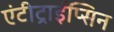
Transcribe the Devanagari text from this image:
एंटीट्राईप्सिन